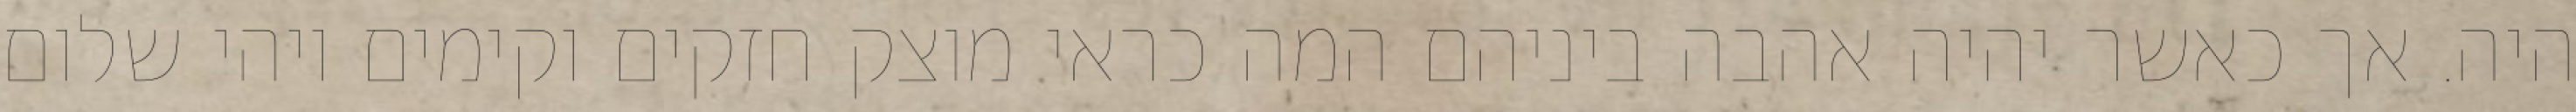
היה. אך כאשר יהיה אהבה ביניהם המה כראי מוצק חזקים וקימים ויהי שלום